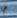
طي